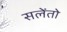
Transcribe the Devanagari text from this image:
सलेंतो